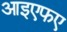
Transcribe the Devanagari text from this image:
आइएफए